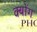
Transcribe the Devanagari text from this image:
क्योंग